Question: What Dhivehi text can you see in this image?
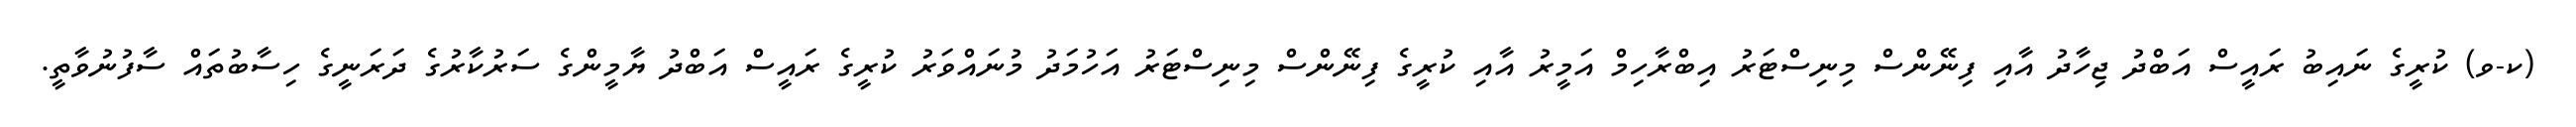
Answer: (ކ-ވ) ކުރީގެ ނައިބު ރައީސް އަބްދު ޖިހާދު އާއި ފިނޭންސް މިނިސްޓަރު އިބްރާހިމް އަމީރު އާއި ކުރީގެ ފިނޭންސް މިނިސްޓަރު އަހުމަދު މުނައްވަރު ކުރީގެ ރައީސް އަބްދު ޔާމީންގެ ސަރުކާރުގެ ދަރަނީގެ ހިސާބުތައް ސާފުނުވާތީ.